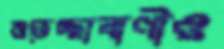
শুভেচ্ছাবাণীও